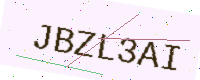
Text: JBZL3AI